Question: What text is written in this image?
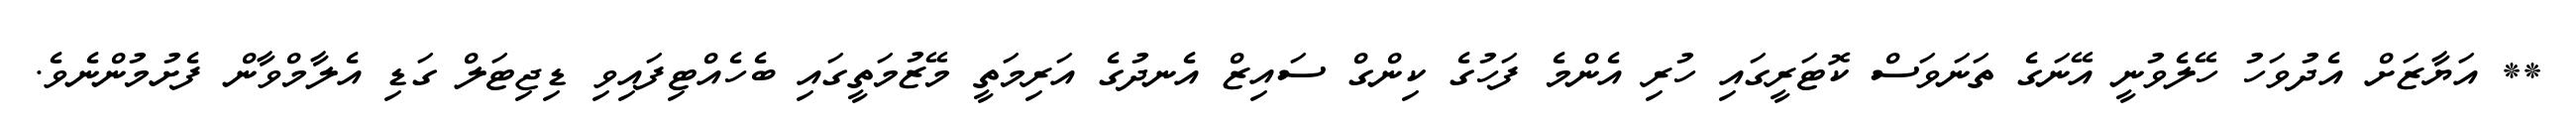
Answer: ** އަޔާޒަށް އެދުވަހު ހޭލެވުނީ އޭނަގެ ތަނަވަސް ކޮޓަރީގައި ހުރި އެންމެ ފަހުގެ ކިންގް ސައިޒް އެނދުގެ އަރިމަތީ މޭޒުމަތީގައި ބެހެއްޓިފައިވި ޑިޖިޓަލް ގަޑި އެލާމްވާން ފެށުމުންނެވެ.